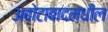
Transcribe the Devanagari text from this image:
अबोटाबादमधील